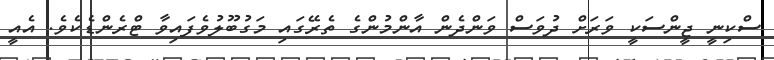
ސްކިނީ ޖީންސަކީ ވަރަށް ދުވަސް ވަންދެން އާންމުންގެ ތެރޭގައި މަގުބޫލުވެފައިވާ ޓްރެންޑެކެވެ. އެއީ